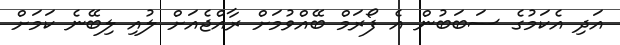
އަދި އެކަމުގެ ސަބަބުން އެ ފޯރަމް ބޭއްވުމަށް ރާއްޖެއަށް ލުއި ލިބޭނެ ކަމަށް